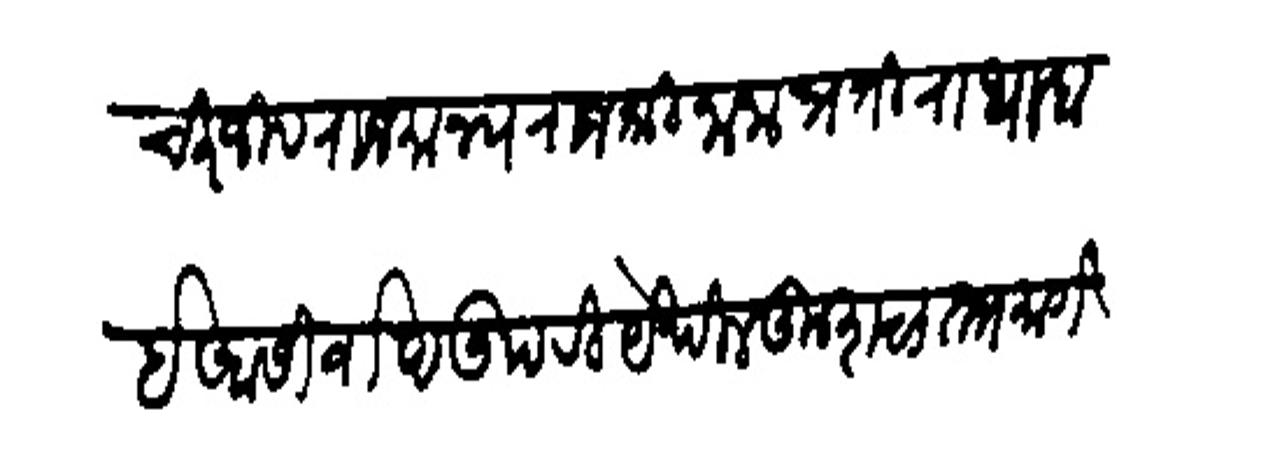
Transliteration (Devanagari): चिरंजीव राजमान्य राजथी नाना प्रति राधाबाई आसिर्वाद उपरि येथील कृशल ताा मार्गसीर्ष